255_413270_UFO's_and_Defense_What_Should_we_Prepare_For
Agency: NASA
Page 53
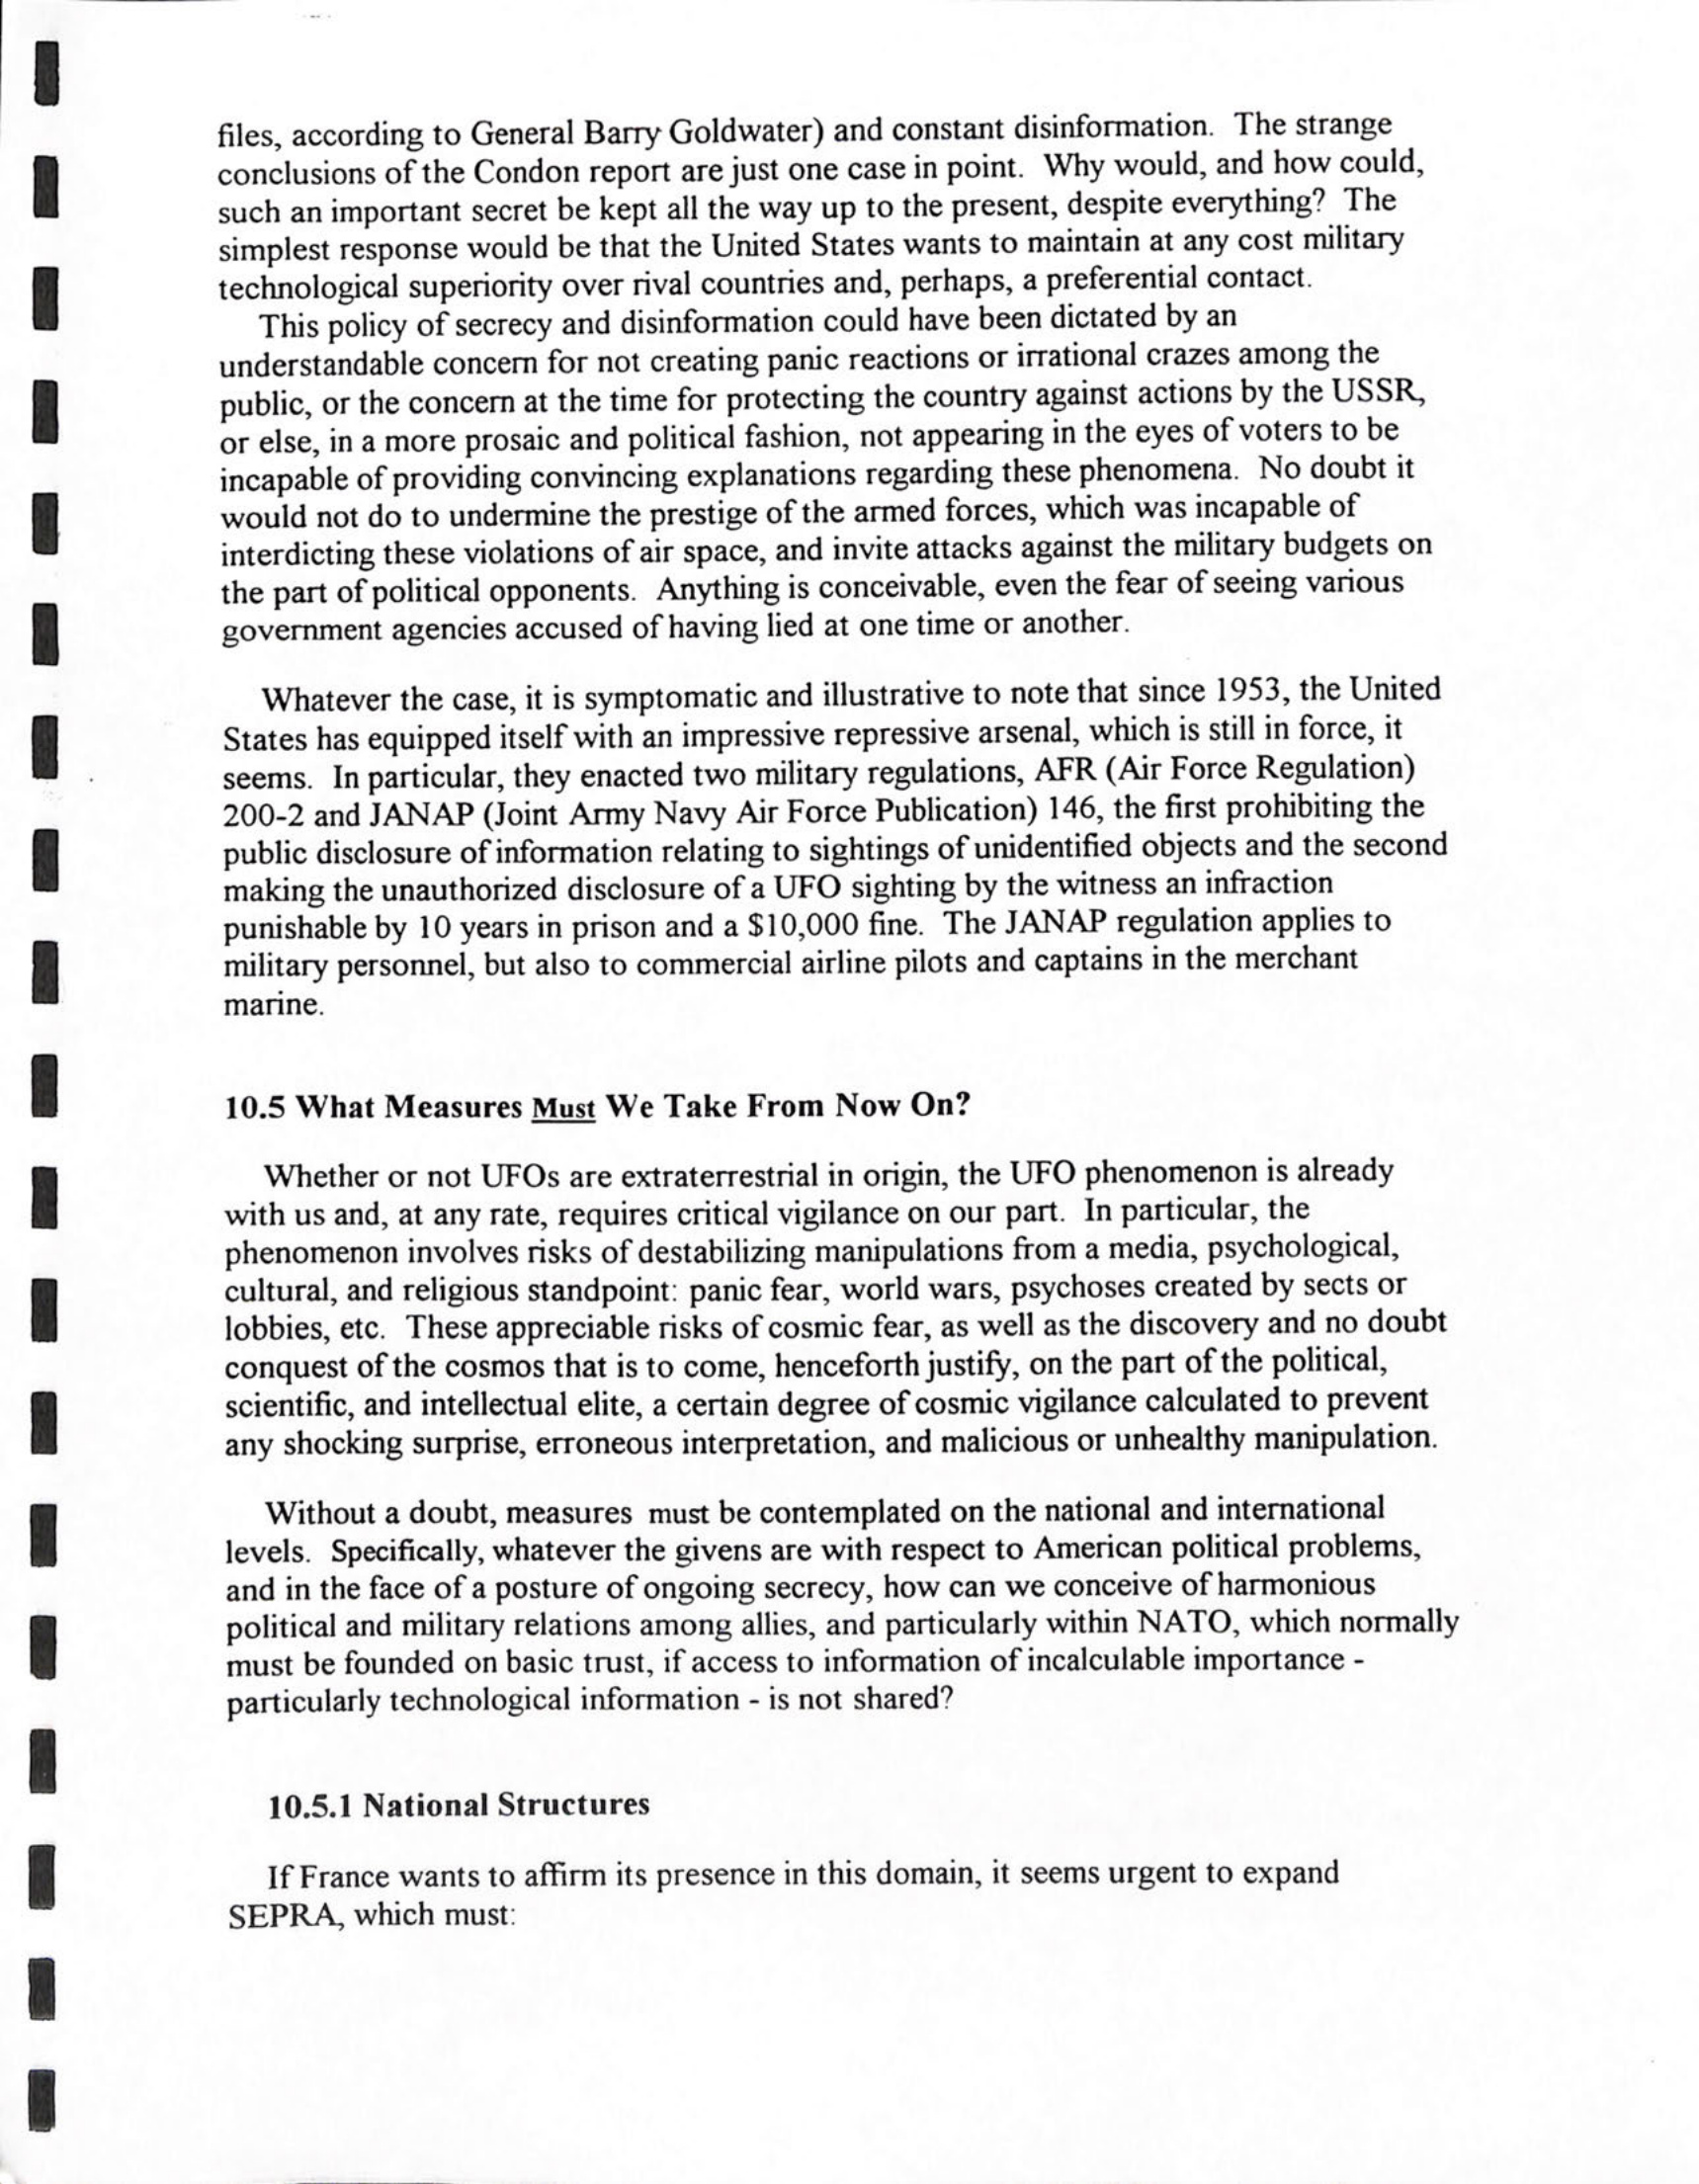